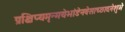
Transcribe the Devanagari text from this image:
प्रक्षिप्यमृन्मयेभांडेनवेसाच्छादनेशुभे